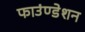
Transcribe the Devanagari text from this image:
फाउंण्डेशन